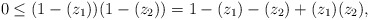
\begin{align*}&0 \leq (1-(z_1))(1-(z_2)) = 1 - (z_1) - (z_2) + (z_1)(z_2), \end{align*}